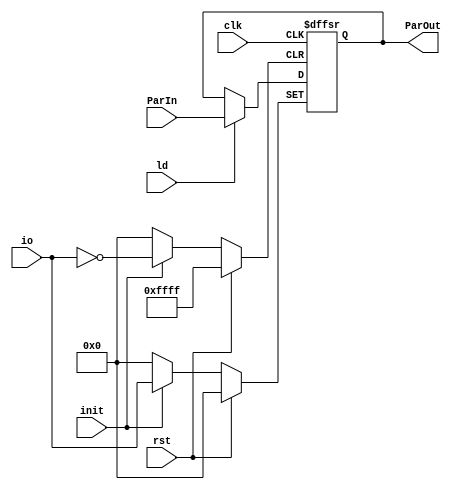
`timescale 1ns/1ns
module register16 (input clk,rst,init,ld,input[15:0] ParIn,input[15:0] io,output reg[15:0] ParOut);
	always @(posedge clk,posedge rst,posedge init)begin
		if(rst)
			ParOut<=16'b0;
		else 
			if(init)
				ParOut<= io;
			else
				ParOut<= (ld) ? ParIn : ParOut;
	end
endmodule